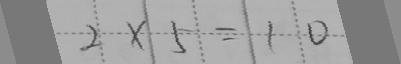
2 \times 5 = 1 0